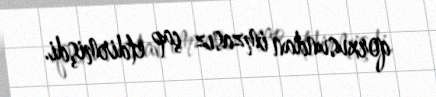
qorxusundan imzasız çap etdirmişdi.